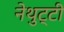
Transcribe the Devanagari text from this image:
नेथुट्टी